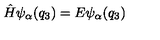
\hat { H } \psi _ { \alpha } ( q _ { 3 } ) = E \psi _ { \alpha } ( q _ { 3 } )